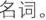
名词。